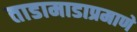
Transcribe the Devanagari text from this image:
ताडामाडाप्रमाणे